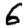
Digit: 6